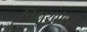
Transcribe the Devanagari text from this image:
स्वसुखावर